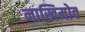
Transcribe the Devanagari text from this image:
नाखिमोव